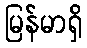
မြန်မာရှိ